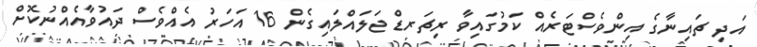
އަދި ޗައިނާގެ އިންވެސްޓަރެއް ކަމުގައިވާ ރިޗަރޑް ޖަލައްލައިގެން 16 އަހަރު އެއްވެސް ދައުވާއެއްނުކޮށް